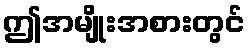
ဤအမျိုးအစားတွင်